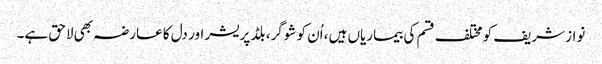
نواز شریف کو مختلف قسم کی بیماریاں ہیں، اُن کو شوگر، بلڈ پریشر اور دل کا عارضہ بھی لاحق ہے۔